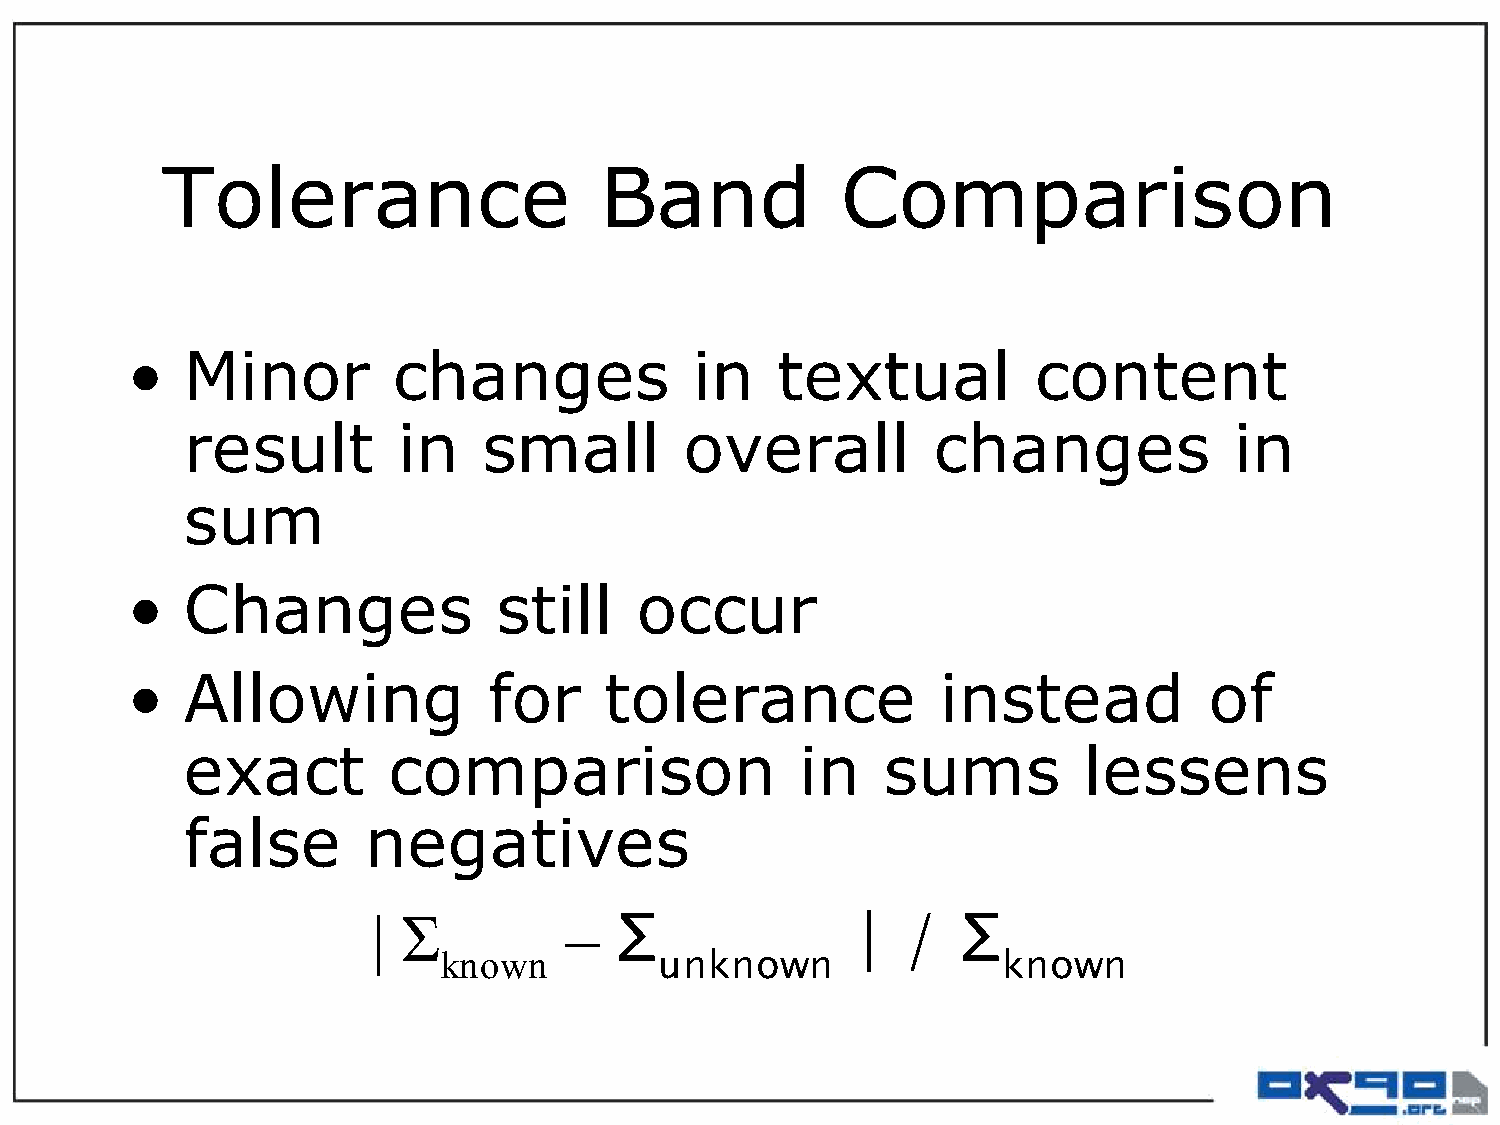
Tolerance                    Band            Comparison
 •   Minor         changes             in   textual           content
 result        in    small        overall          changes             in
 sum
 •   Changes              still    occur
 •   Allowing            for     tolerance             instead           of
 exact         comparison                 in   sums          lessens
 false       negatives
 | Σ         –
 Σ               |  /   Σ
 known
 unknown               known